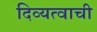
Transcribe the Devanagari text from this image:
दिव्यत्वाची